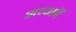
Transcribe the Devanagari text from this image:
शय्याएँ